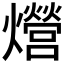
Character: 𤒨